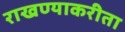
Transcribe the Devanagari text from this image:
राखण्याकरीता